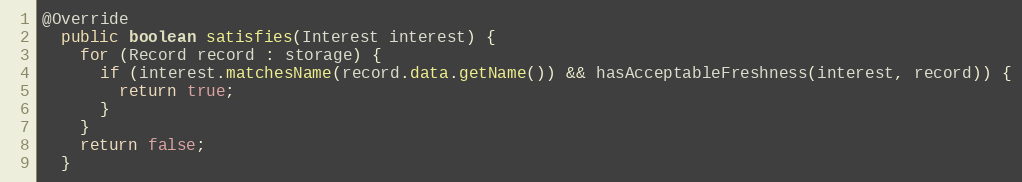
Language: Java
@Override
  public boolean satisfies(Interest interest) {
    for (Record record : storage) {
      if (interest.matchesName(record.data.getName()) && hasAcceptableFreshness(interest, record)) {
        return true;
      }
    }
    return false;
  }